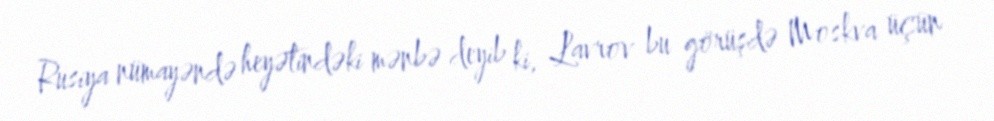
Rusiya nümayəndə heyətindəki mənbə deyib ki, Lavrov bu görüşdə Moskva üçün